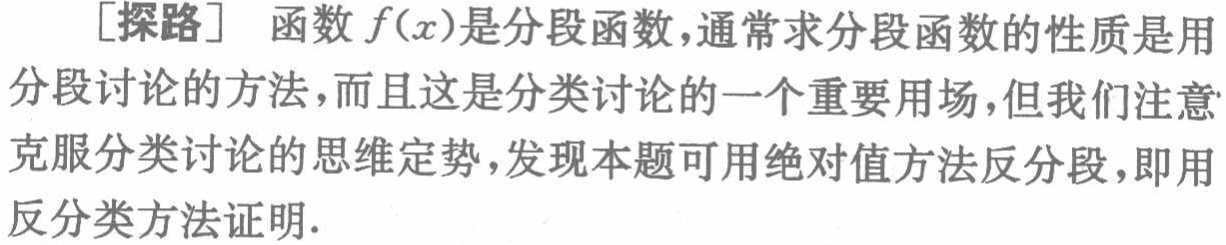
[探路] 函数 \(f(x)\)是分段函数，通常求分段函数的性质是用分段讨论的方法，而且这是分类讨论的一个重要用场，但我们注意克服分类讨论的思维定势，发现本题可用绝对值方法反分段，即用反分类方法证明.